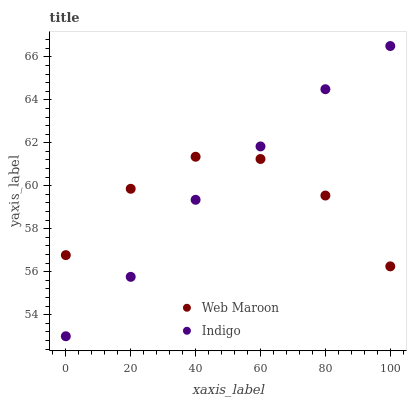
| xaxis_label | Web Maroon | Indigo |
 | --- | --- | --- |
 | 0 | 56.8 | 53 |
 | 20 | 59.9 | 55.8 |
 | 40 | 61.4 | 59.3 |
 | 60 | 61.2 | 61.8 |
 | 80 | 59.5 | 64.5 |
 | 100 | 56.3 | 66.5 |